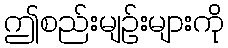
ဤစည်းမျဉ်းများကို